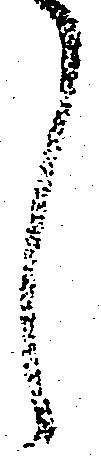
し